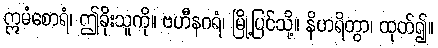
ဣမံစောရံ၊ ဤခိုးသူကို။ ဗဟီနဂရံ၊ မြို့ပြင်သို့။ နိဟရိတွာ၊ ထုတ်၍။